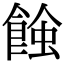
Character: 𧐂